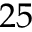
2 5